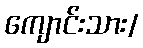
ကျောင်းသား/